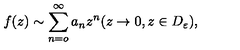
f ( z ) \sim \sum _ { n = o } ^ { \infty } a _ { n } z ^ { n } ( z \rightarrow 0 , z \in D _ { \varepsilon } ) ,